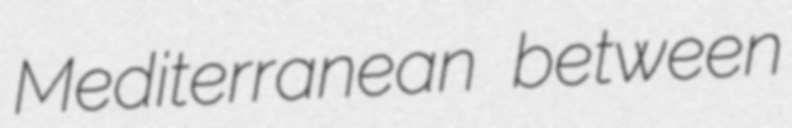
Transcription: Mediterranean between